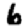
Digit: 6